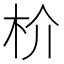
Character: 𬂣